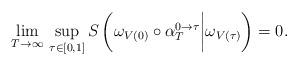
LaTeX: \begin{align*}\lim_{T\to\infty}\,\sup_{\tau\in[0,1]}S\left(\omega_{V(0)}\circ\alpha_T^{0\to\tau}\bigg|\omega_{V(\tau)}\right)=0.\end{align*}